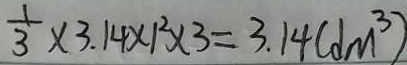
\frac { 1 } { 3 } \times 3 . 1 4 \times 1 ^ { 2 } \times 3 = 3 . 1 4 ( d m ^ { 3 } )